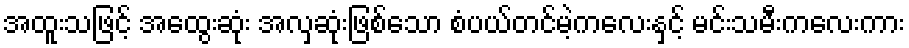
အထူးသဖြင့် အထွေးဆုံး အလှဆုံးဖြစ်သော စံပယ်တင်မဲ့ကလေးနှင့် မင်းသမီးကလေးကား